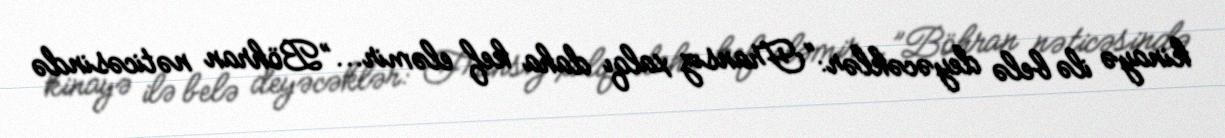
kinayə ilə belə deyəcəklər: “Fransız xalqı daha kef eləmir...”Böhran nəticəsində